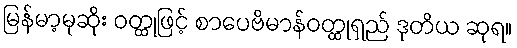
မြန်မာ့မုဆိုး ဝတ္ထုဖြင့် စာပေဗိမာန်ဝတ္ထုရှည် ဒုတိယ ဆုရ။